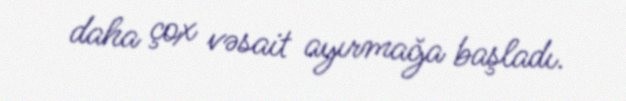
daha çox vəsait ayırmağa başladı.